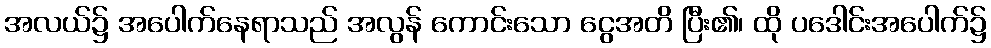
အလယ်၌ အပေါက်နေရာသည် အလွန် ကောင်းသော ငွေအတိ ပြီး၏၊ ထို ပဒေါင်းအပေါက်၌